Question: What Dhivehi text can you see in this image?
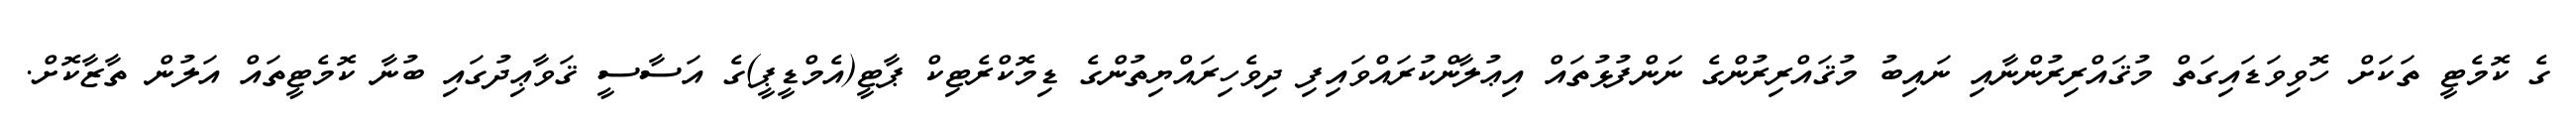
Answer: ގެ ކޮމެޓީ ތަކަށް ހޮވިވަޑައިގަތް މުޤައްރިރުންނާއި ނައިބު މުޤައްރިރުންގެ ނަންފުޅުތައް އިޢުލާންކުރައްވައިފި ދިވެހިރައްޔިތުންގެ ޑިމޮކްރެޓިކް ޕާޓީ(އެމްޑީޕީ)ގެ އަސާސީ ޤަވާޢިދުގައި ބުނާ ކޮމެޓީތައް އަލުން ތާޒާކޮށް.